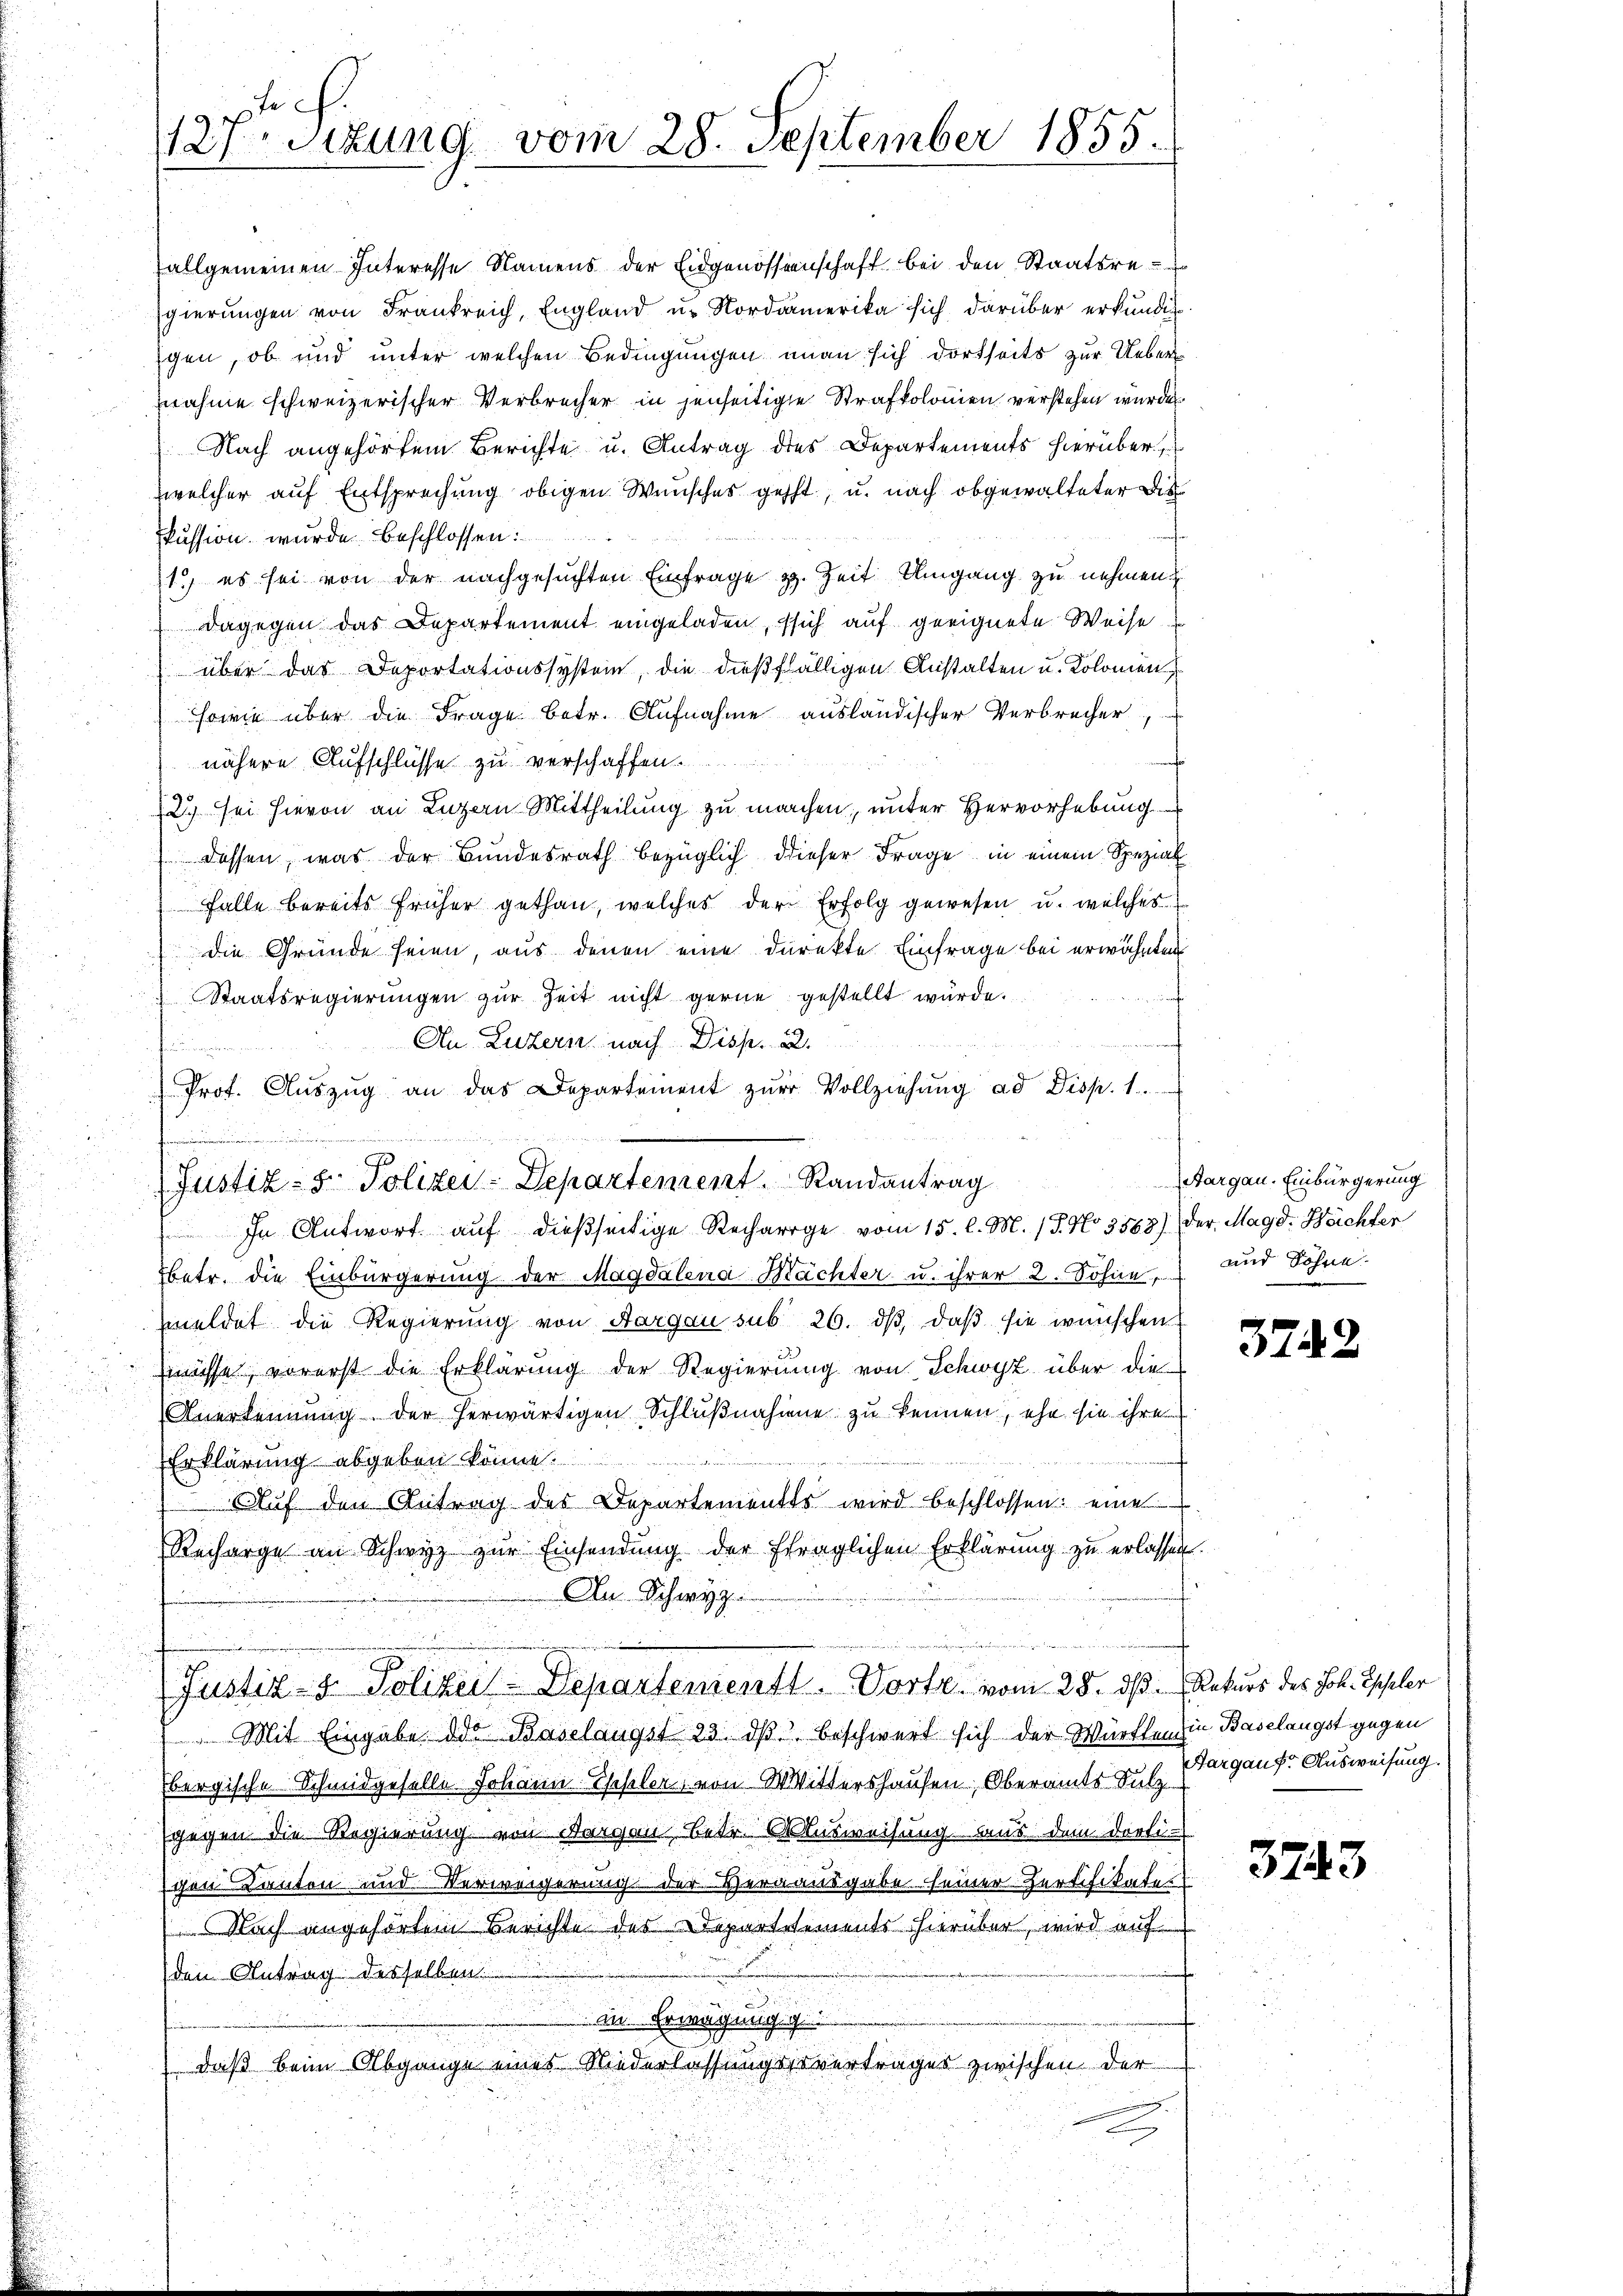
.
127. Sitzung vom 28. September 1855.

allgemeinen Interesse Namens der Eidgenossenschaft bei den Staatsregierungen von Frankreich, England u. Nordamerika sich darüber erkundig
gen, ob und unter welchen Bedingungen man sich dortseits zur Uebernahme schweizerischer Verbrecher in jenseitige Strafkolonien verstehen wurden.
Nach angehörtem Berichte u. Antrag des Departements hierüber
welcher auf Entsprechung obigen Wunsches geht, u. nach obgewalteter Dis
kussion wurde beschlossen:
1. es sei von der nachgesuchten Einfrage z. Zeit Umgang zu nehmen.
dagegen das Departement eingeladen, sich auf geeignete Weise
über das Deportationssystem, die dießfälligen Anstalten u. Kolomen,
sowie über die Frage betr. Aufnahme ausländischer Verbrecher,
nähere Aufschlüsse zu verschaffen.
12 sei hievon an Luzern Mittheilung zu machen, unter Hervorhebung
dessen, was der Bundesrath bezüglich dieser Frage in einem Spezial
Falle bereits früher gethan, welches der Erfolg gewesen u. welches
die Gründe seien, aus denen eine Direkte Einfrage bei erwähnten
Staatsregierungen zur Zeit nicht gerne gestellt würde.
An Luzern nach Disp. 2.
himmen
Prot. Aŭszŭg an das Departement zŭr Vollziehŭng ad Disp. 1.
(Justiz- & Polizei-Departement. Randantrag Margau. Einbürgerung
 In Antwort auf dießseitige Recharge vom 15. l. M. (T. No 3868) der Magd. Weichter
betr. die Einbürgerung der Magdalena Mächter u. ihrer 2. Sohne, und Söhne
meldet die Regierung von Aargau sub 26. dβ, daβ sie wünschen
müsse, vorerst die Erklärung der Regierung von Schwyz über die
Anerkennung der herwärtigen Schlußnahme zu kennen, ehe sie ihre
Erklärung abgeben könne.
Aŭf den Antrag des Departementes wird beschlossen: eine
Recharge an Schwyz zŭr Einsendŭng der ftraglichen Erklärŭng zŭ erlassen.
An Schwyz

e
Justiz- & Polizei-Departementl. Vorte vom 28. dß. Rekurs des Joh. Eheler

Mit Eingabe des Baselangst 23. dβ beschwert sich der Würften die Baselangst gegen
Ebergische Schmidgeselle Johann Geseler von Wittershausen, Oberamts Sulz
gegen die Regierung von Aargau Betr. Ausweisung aus dem dorti-
schen Kanton und Verweigerung der Herausgabe seiner Zertifikate
Nach angehörtem Berichte des Departetements hierüber, wird auf
den Antrag desselben
in Erwägung g
daß beim Abgange eines Niederlassungssavertrages zwischen der
.

3742

Aargauf Ausweisung.

3743